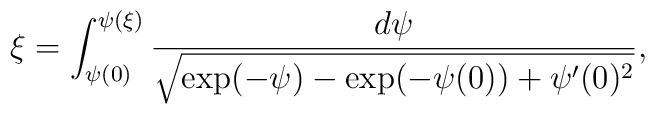
\xi=\int_{\psi(0)}^{\psi(\xi)}\frac{d\psi}{\sqrt{\exp(-\psi)-\exp(-\psi(0))+\psi'(0)^2}},